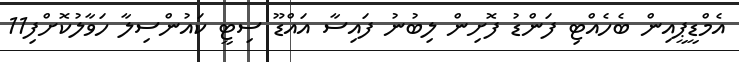
އެމްޑީޕީއިން ބެހެއްޓި ފަންޑު ފޮށިން ލިބުނު ފައިސާ އައްޑޫ ސިޓީ ކަައުންސިލާ ހަވާލުކޮށްފި11